Vabadussoja_Ajaloo_Komitee, lk 39
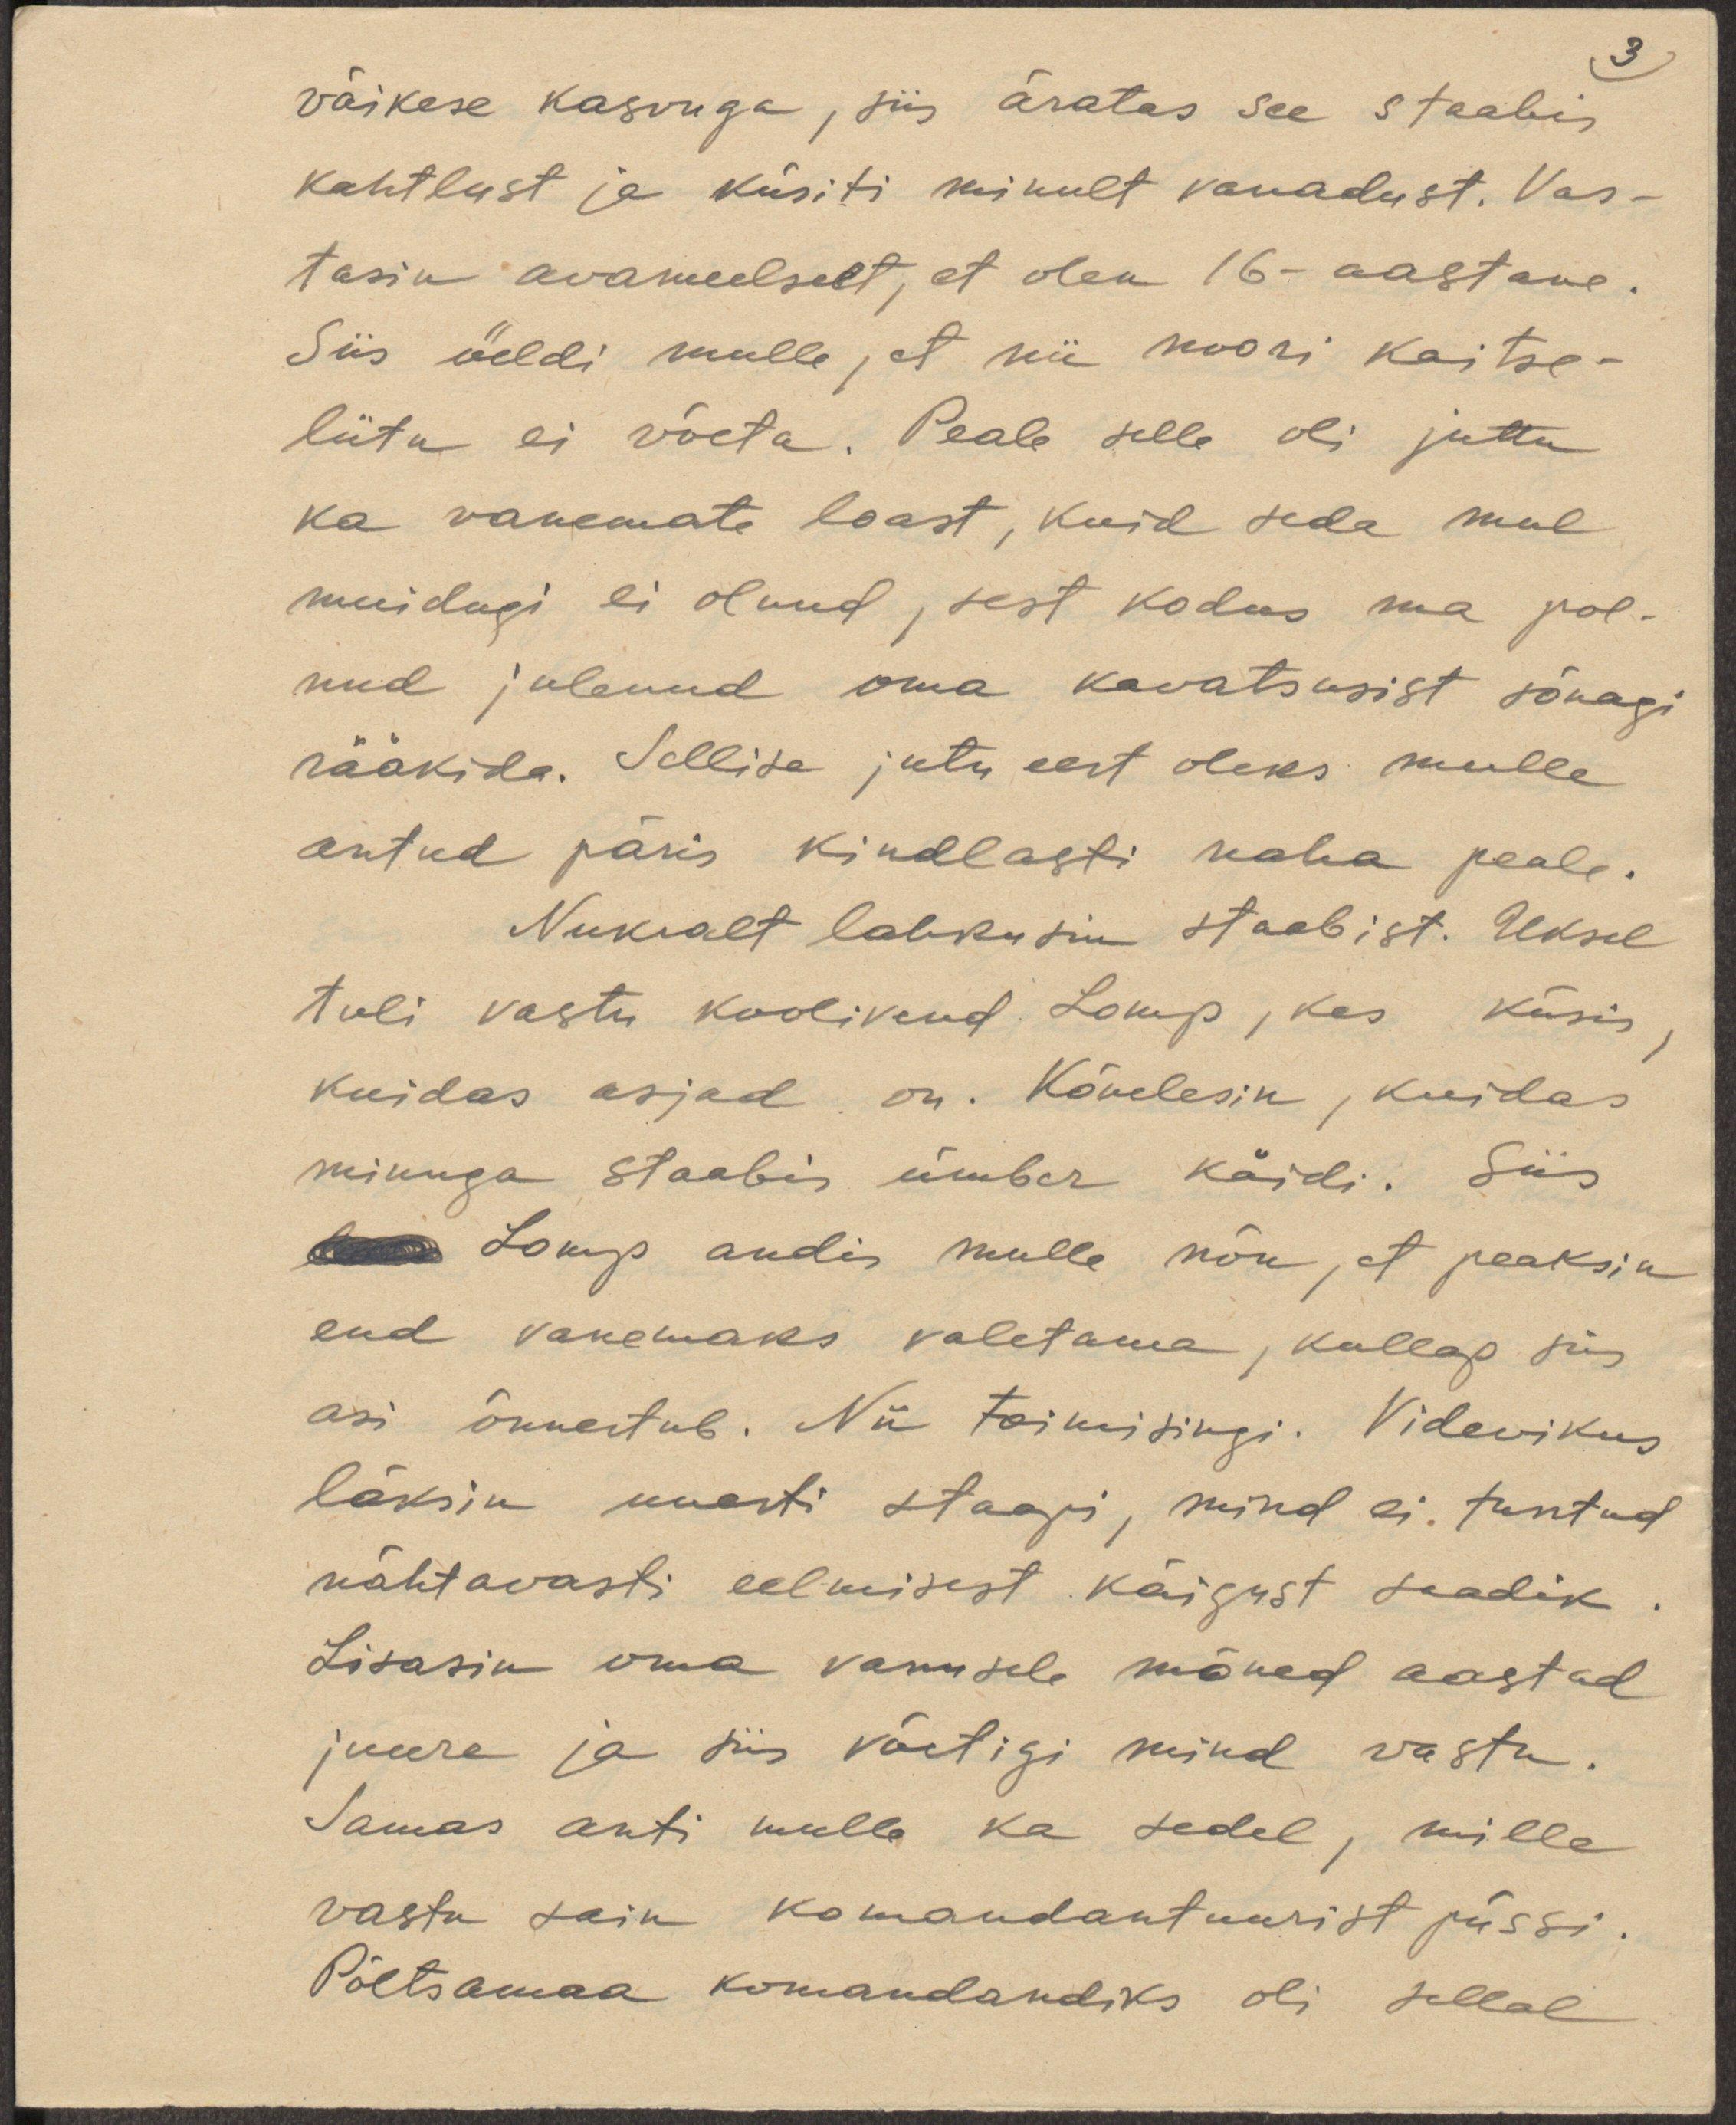
3
väikse kasvuga, siis äratas see staabis
kahtlust ja küsiti minult vanadust. Vas-
tasin avameelselt, et olen 16-aastane.
Siis õeldi mulle, et nii noori kaitse-
liitu ei võeta. Peale selle oli juttu
ka vanemate loast, kuid seda mul
muidugi ei olnud, sest kodus ma pol-
nud julenud oma kavatsusist sõnagi
rääkida.  Sellise jutu eest oleks mulle
antud päris kindlasti naha peale.
Nukralt lahkusin staabist. Uksel
tuli vastu koolivend Lomp, kes küsis,
kuidas asjad on. Kõnelesin, kuidas
minuga staabis ümber käidi. Siis
Lomp andis mulle nõu, et peaksin
end vanemaks valetama, kullap siis
asi õnnestub. Nii toimisingi. Videvikus
läksin uuesti staapi, mind ei tuntud
nähtavasti eelmisest käigust saadik.
Lisasin oma vanusele mõned aastad
juure ja siis võetigi mind vastu.
Samas anti mulle ka sedel, mille
vastu sain komandantuurist püssi.
Põltsamaa komandandiks oli sellal